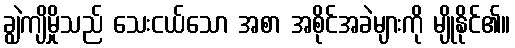
ချွဲကျိမှိုသည် သေးငယ်သော အစာ အစိုင်အခဲများကို မျိုနိုင်၏။